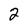
Character: 2